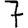
Digit: 7